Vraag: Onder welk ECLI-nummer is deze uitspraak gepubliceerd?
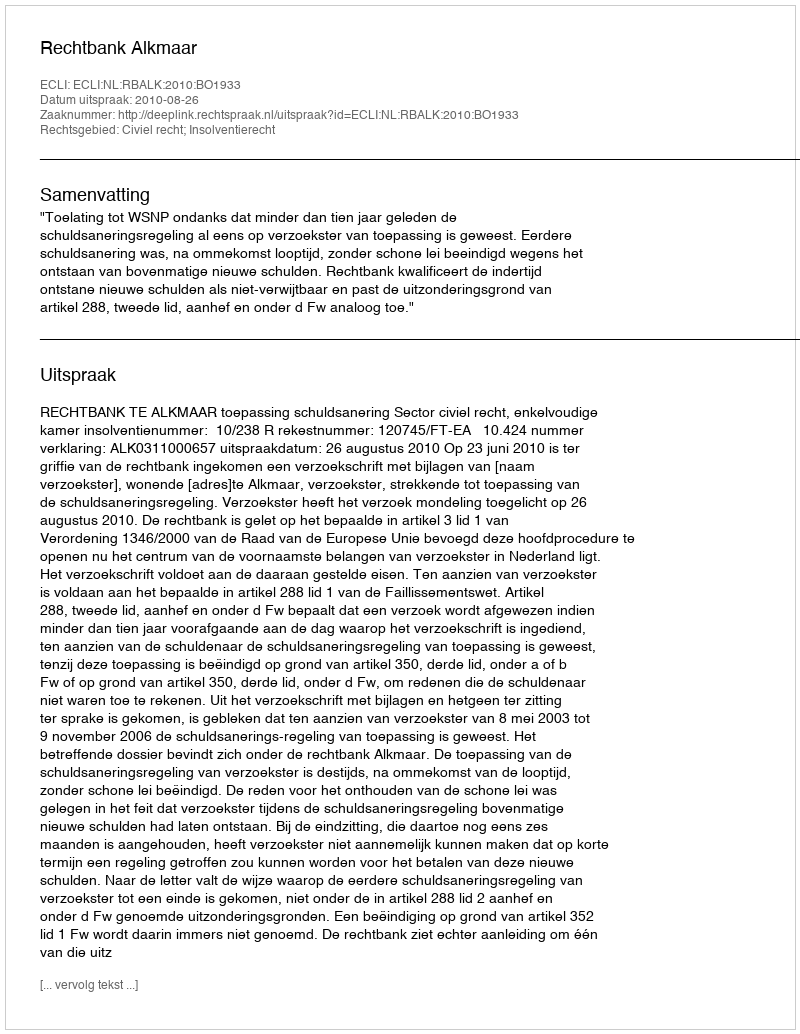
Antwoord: ECLI:NL:RBALK:2010:BO1933